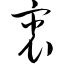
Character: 衷